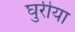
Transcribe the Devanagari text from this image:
घुरीया